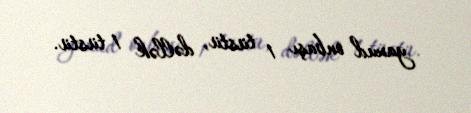
yaxud onbaşı 1 tüstü, dəllək 1 tüstü.